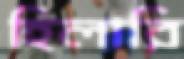
হিলারি